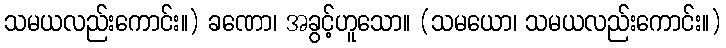
သမယလည်းကောင်း။) ခဏော၊ အခွင့်ဟူသော။ (သမယော၊ သမယလည်းကောင်း။)